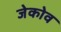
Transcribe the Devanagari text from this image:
जेकोव